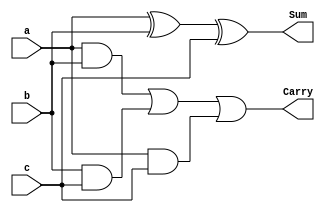
module fulladdr (
    Sum,Carry,a,b,c
);
input a,b,c;
output Sum,Carry;
wire t0,t1,t2,t3,t4;
xor    G1(t0,a,b);
xor    G2(Sum,t0,c);
and    G3(t1,a,b);
and    G4(t2,b,c);
and    G5(t3,a,c);
or     G6(t4,t1,t2);
or     G7(Carry,t4,t3);
endmodule
// eval "$(/opt/homebrew/bin/brew shellenv)"